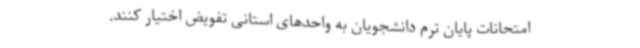
امتحانات پایان ترم دانشجویان به واحدهای استانی تفویض اختیار کنند.